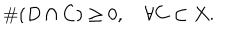
LaTeX: \# ( D \cap C ) \geq 0 , \quad \forall C \subset X .